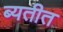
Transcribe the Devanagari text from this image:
ब्यतीत